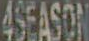
4SEASON